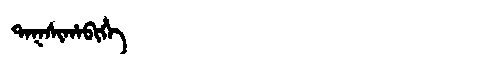
Manchu: ᡨᠠᡴᠰᡳᡥᠠᠪᡳᡥᡝ
Romanization: TAKSIHABIHE